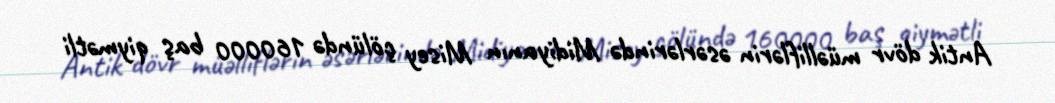
Antik dövr müəlliflərin əsərlərində Midiyanın Misey çölündə 160000 baş qiymətli